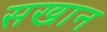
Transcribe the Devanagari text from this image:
सखान